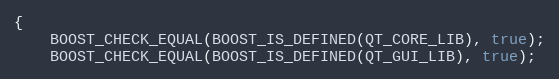
Language: C++
{
    BOOST_CHECK_EQUAL(BOOST_IS_DEFINED(QT_CORE_LIB), true);
    BOOST_CHECK_EQUAL(BOOST_IS_DEFINED(QT_GUI_LIB), true);